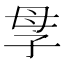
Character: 𡥘